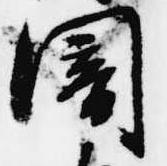
闇